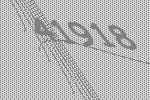
41918